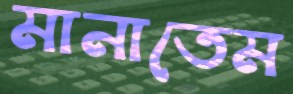
মানাতেম